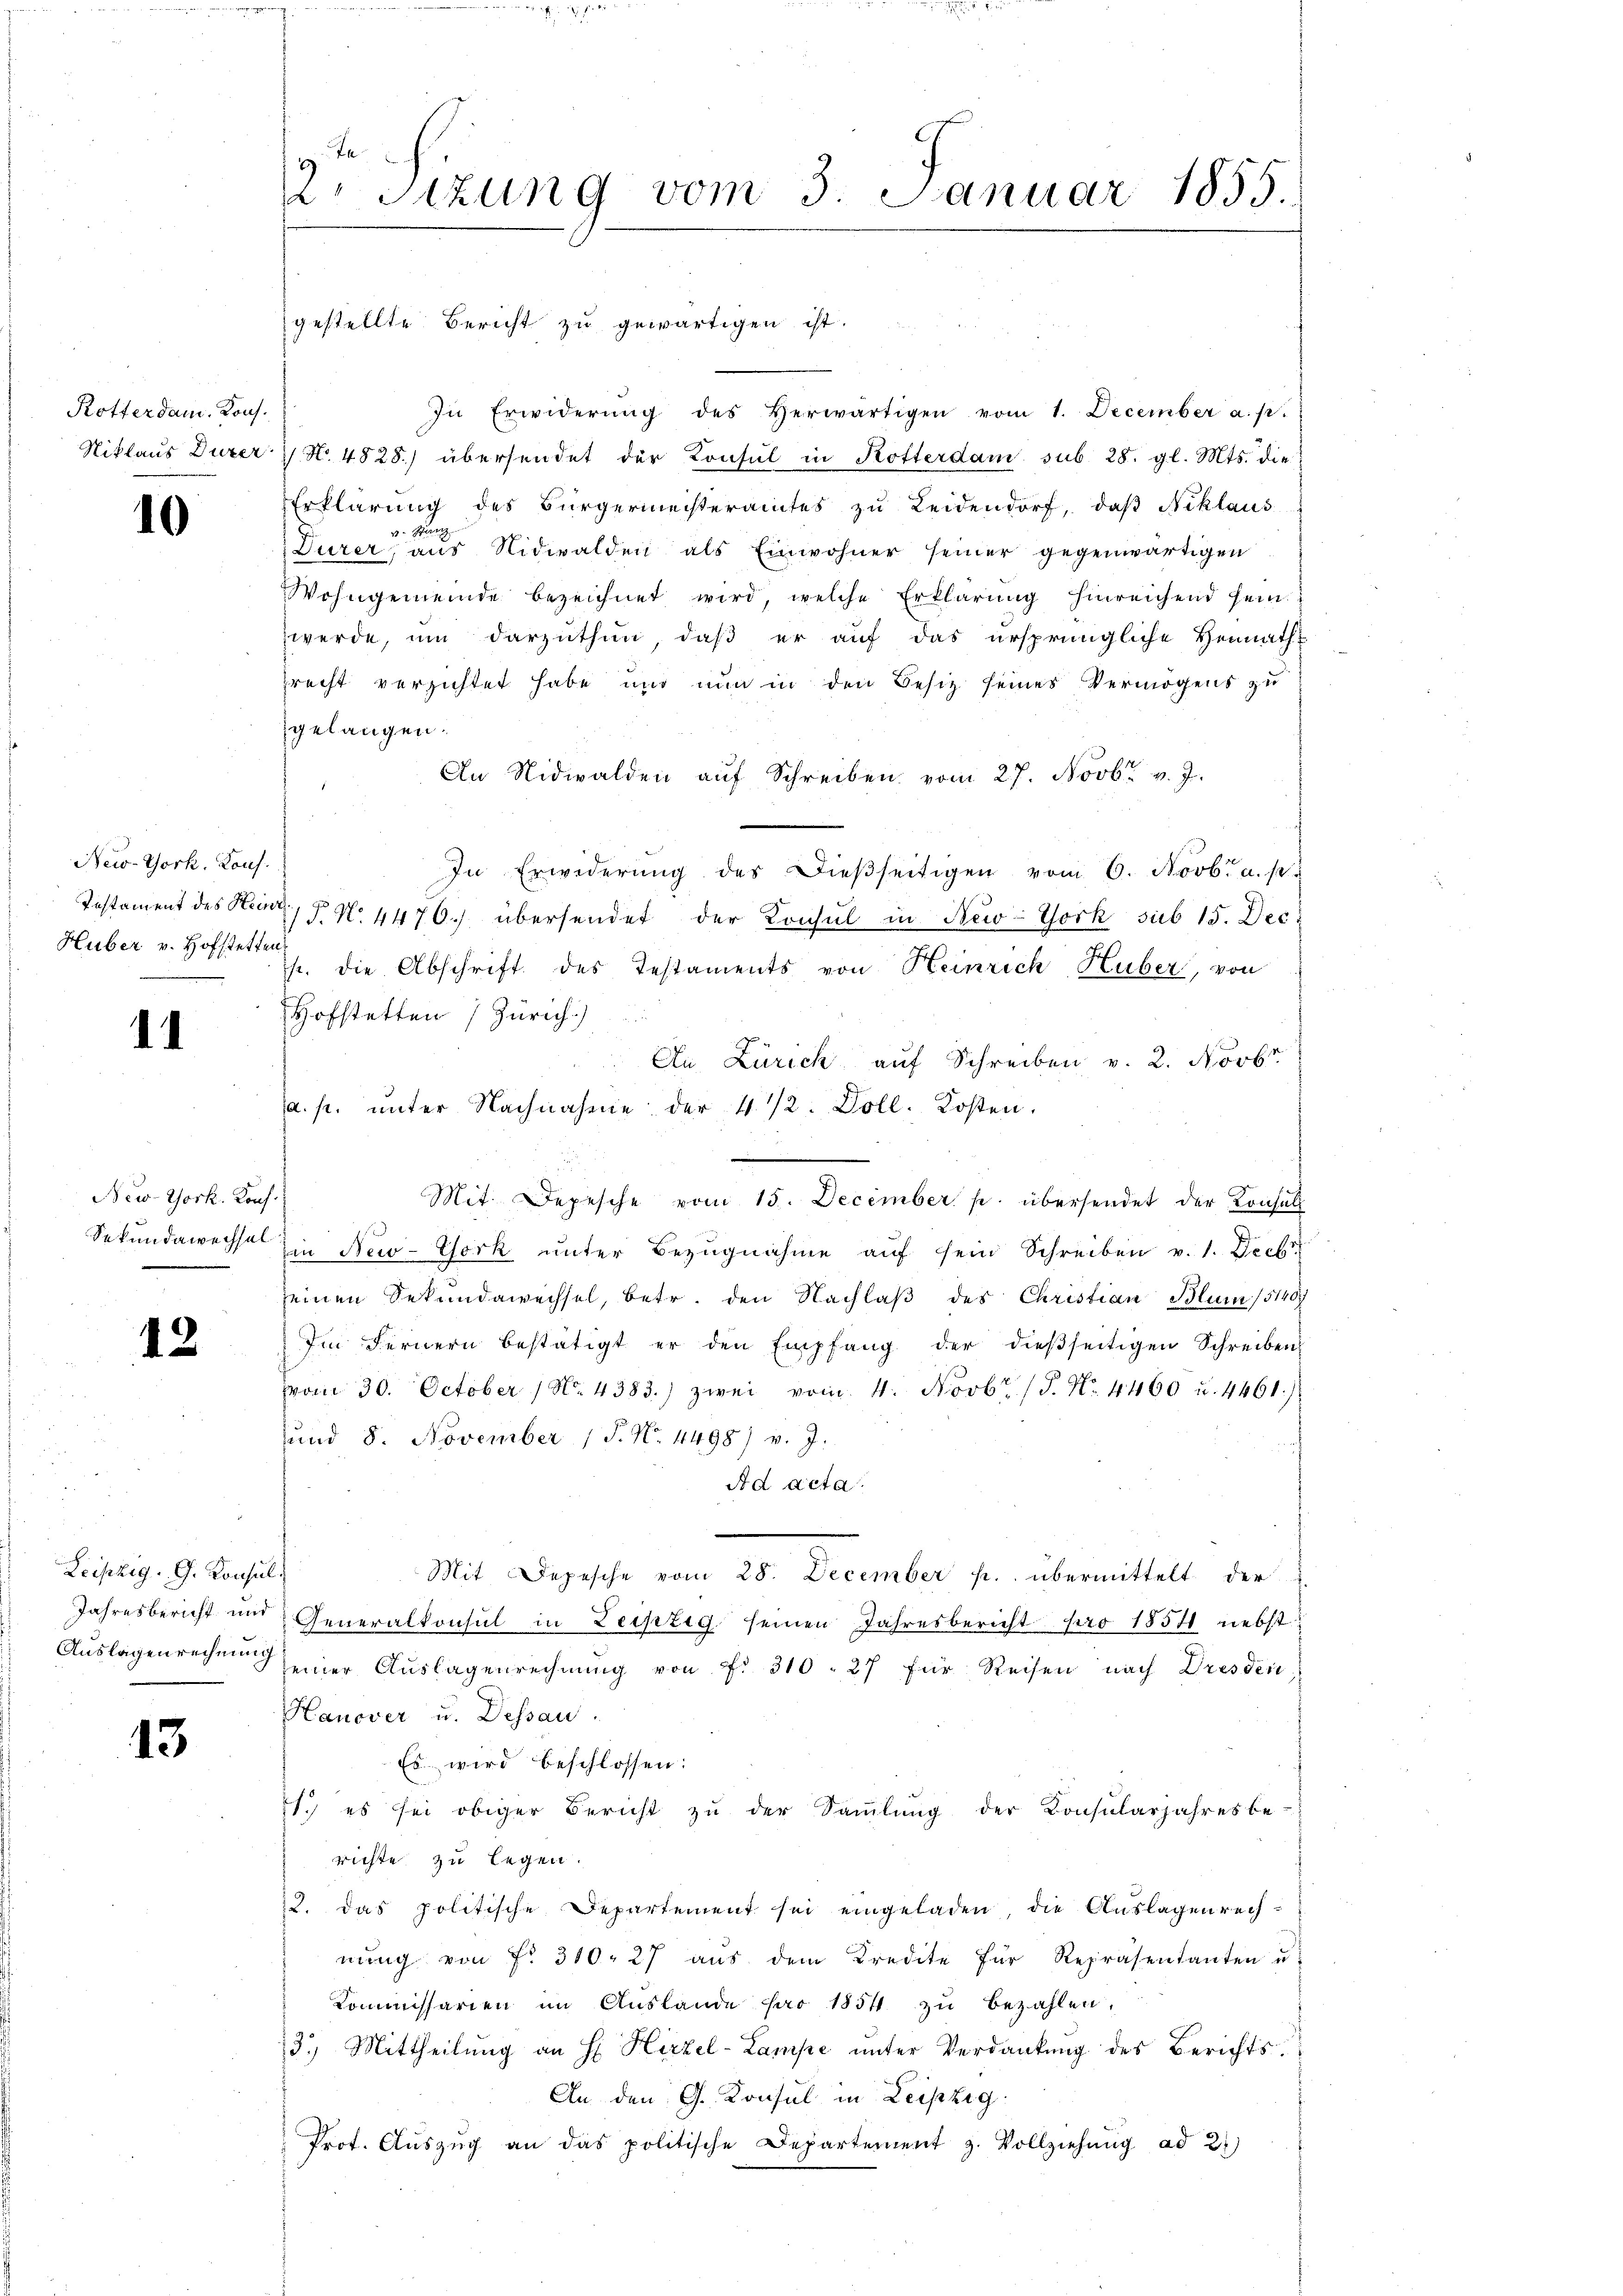
Rotterdam. Kons.

10

New-York, Kons.
Instament des Heinr
Huber v. Hofstetten

14

New-York. Konf

13

12

Leipzig. G. Konsul

2t Sizung vom 3. Januar 1855.

gestellte Bericht zu gewärtigen ist.
In Erwiderŭng des Herwärtigen vom 1. December a. p.
Niklaus Dürer No. 4828) übersendet der Konsul in Rotterdam sub 28. gl. Mts. die
Erklärung des Bürgermeisteramtes zu Leidendorf, daβ Niklaus
Sanz
Durer, aus Nidwalden als Einwohner seiner gegenwärtigen
Wohngemeinde bezeichnet wird, welche Erklärung hinreichend sein.
werde, um darzuthun, daß er auf das ursprüngliche Hennath
recht verzichtet habe und nun in den Besitz seines Vermögens zu
gelangen.
An Nidwalden aŭf Schreiben vom 27. Novbr. v. J.
In Erwiderŭng des Dieβseitigen vom 6. Novbr. a. p.
1T. N. 4470. übersendet der Konsul in New-York sub 15. Dec.
p. die Abschrift des Testaments von Heinrich Huber, von
Hofstetten Zürich.)
An Zürich auf Schreiben v. 2. Novbr.
a. p. ŭnter Nachnahme der 4 1/2. Doll. Kosten.
Mit. Depesche vom 15. December p. übersendet der Konsul
Sekundawechse in New-York unter Bezŭgnahme aŭf sein Schreiben v. 1. Decb
seinen Sekundawechsel, betr. den Nachlaß des Christian Blum /5140/
Im Fernern bestätigt er den Empfang der dießseitigen Schreiben
vom 30. October 1 No. 4383.) zwei vom 4. Novbr. /5. No. 4460 u. 4461)
und 8. November 1 P. N. 4498) v. J.
Ad acta
Mit Depesche vom 28. December p. übermittelt der
Jahresbericht und Generalkonsul in Leipzig seinen Jahresbericht pro 1854 nebst
Auslagenrechnungener Aŭslagenrechnŭng von f. 310. 27 für Reisen nach Dresden
Hanover u. Dessau.
Es wird beschlossen:
1.) es sei obiger Bericht zu der Sammlung der Konsularjahres be-
richte zu legen.
2. Das politische Departement sei eingeladen, die Auslagenrechnŭng von fr. 310. 27 aŭs dem Kredite für Repräsentanten u.
Kommissarien im Auslande pro 1854 zŭ bezahlen.
3.) Mittheilung an H Hirzel-Lampe unter Verdankŭng des Berichts¬
An den G. Konsul in Leipzig.
Prot. Aŭszŭg an das politische Departement z. Vollziehung ad 2.)